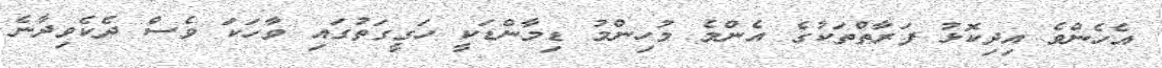
އެހެންވެ އިދިކޮޅު ފަރާތްތަކުގެ އެންމެ މުހިންމު ޑިމާންޑަކީ ހަގީގަތުގައި ވާހަކަ ވެސް ދެކެވިދާނެ